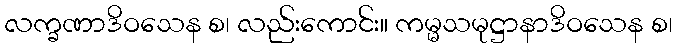
လက္ခဏာဒိဝသေန စ၊ လည်းကောင်း။ ကမ္မသမုဋ္ဌာနာဒိဝသေန စ၊